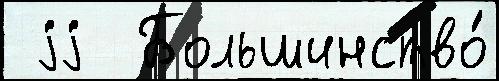
 jj  Большинство́